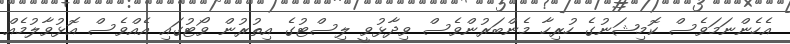
އެހެންނަމަވެސް ކޮމިޝަނުގެ ހުރިހާ މެންބަރުންވެސް ވިދާޅުވީ ލިސްޓުގެ އިތުރުން ވޯޓުގައި އެއްވެސް އޮޅުވާލުމެއް